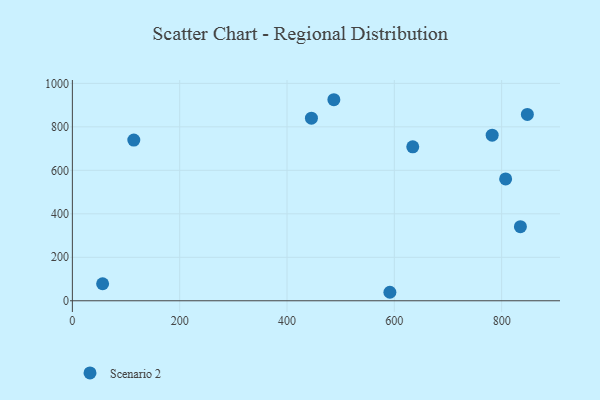
{"axis": {"x": "Investment", "y": "Fuel Efficiency"}, "legend": ["Scenario 2"], "data": [{"x": "114.5", "y": 739.1, "type": "Scenario 2"}, {"x": "807.4", "y": 560.3, "type": "Scenario 2"}, {"x": "591.7", "y": 39.1, "type": "Scenario 2"}, {"x": "56.4", "y": 78.4, "type": "Scenario 2"}, {"x": "847.9", "y": 857.0, "type": "Scenario 2"}, {"x": "634.3", "y": 708.2, "type": "Scenario 2"}, {"x": "834.9", "y": 340.6, "type": "Scenario 2"}, {"x": "445.5", "y": 839.9, "type": "Scenario 2"}, {"x": "782.3", "y": 761.6, "type": "Scenario 2"}, {"x": "487.3", "y": 924.7, "type": "Scenario 2"}]}